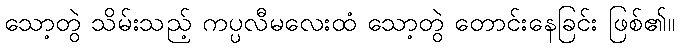
သော့တွဲ သိမ်းသည့် ကပ္ပလီမလေးထံ သော့တွဲ တောင်းနေခြင်း ဖြစ်၏။